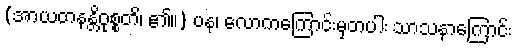
(အာယတနန္တိဝုစ္စတိ၊ ၏။) ပန၊ လောကကြောင်းမှတပါး သာသနာကြောင်း